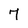
Character: 7